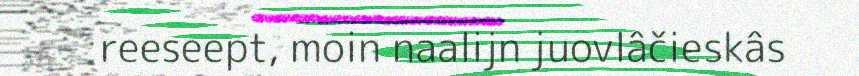
reeseept, moin naalijn juovlâčieskâs